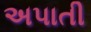
અપાતી